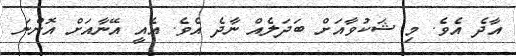
އާދެ އެވެ. މި ޝަކުވާއަށް ބަދަލެއް ނާދެ އެވެ. އެއީ އޭނާއަށް އޮންނަ